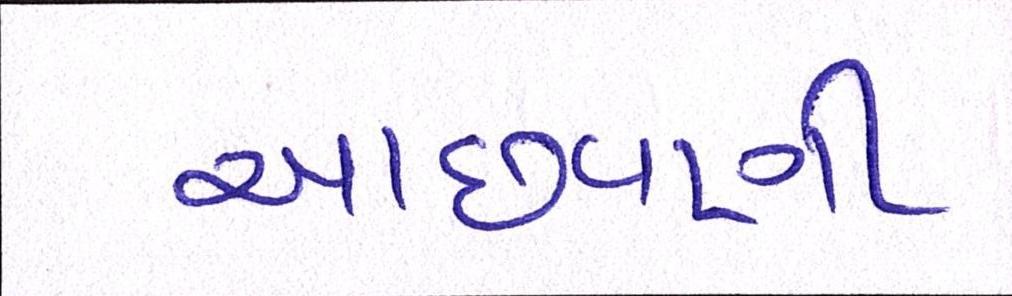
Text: આછવણી